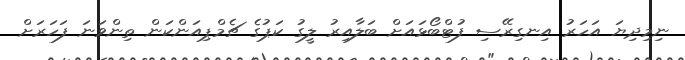
ނިމިދިޔަ އަހަރު އިނގިރޭސި ފުޓްބޯޅައަށް ބަލާއިރު ލީގު ކަޕުގެ ޗެމްޕިއަންކަން ތިންވަނަ ފަހަރަށް